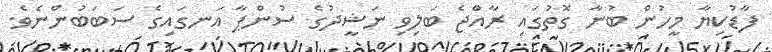
ފާޑުކިޔާ މީހުން ބުނާ ގޮތުގައި ރާއްޖެ ބަލިވި ނަޝީދުގެ ސުންޕާ އަނގައިގެ ސަބަބުންނެވެ.